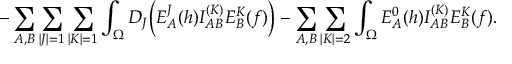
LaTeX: - \sum _ { A , B } \sum _ { \vert J \vert = 1 } \sum _ { \vert K \vert = 1 } \int _ { \Omega } D _ { J } \biggl ( E _ { A } ^ { J } ( h ) I _ { A B } ^ { ( K ) } E _ { B } ^ { K } ( f ) \biggr ) - \sum _ { A , B } \sum _ { \vert K \vert = 2 } \int _ { \Omega } E _ { A } ^ { 0 } ( h ) I _ { A B } ^ { ( K ) } E _ { B } ^ { K } ( f ) .